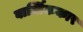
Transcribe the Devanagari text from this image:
वार्त्तिककार